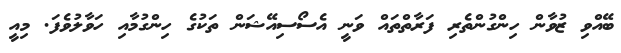
ބޭއްވި ޒުވާން ހިންގުންތެރި ފަރާތްތައް ވަނީ އެސޯސިއޭޝަން ތަކުގެ ހިންގުމާއި ހަވާލުވެފަ. މިއީ